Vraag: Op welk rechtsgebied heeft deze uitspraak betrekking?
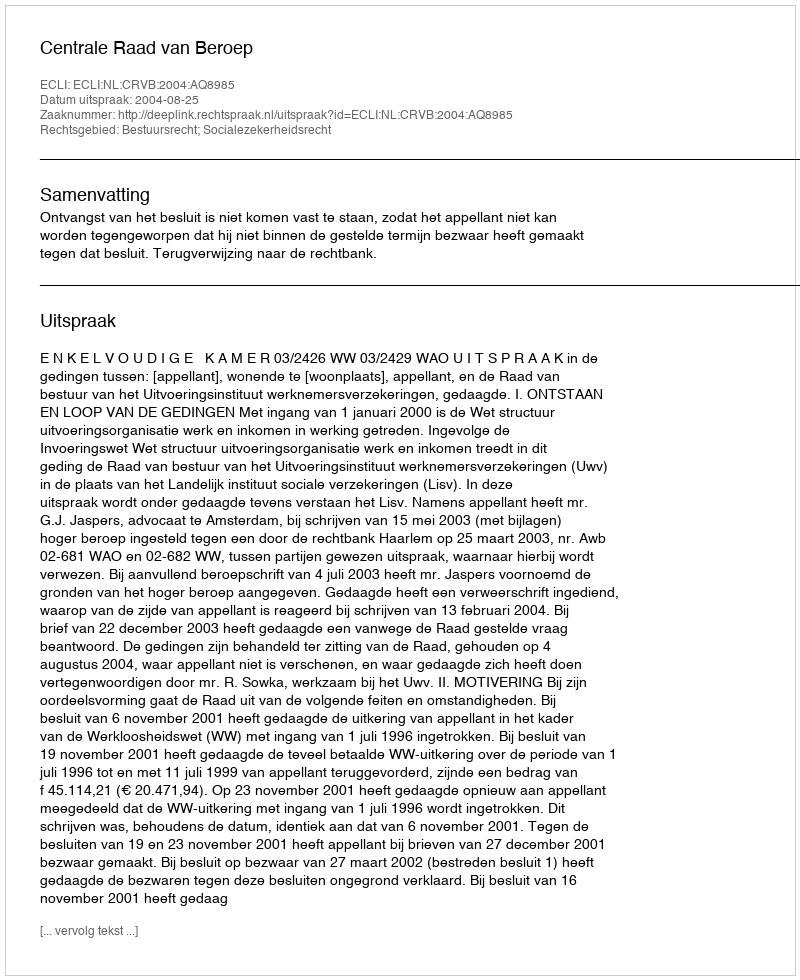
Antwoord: Bestuursrecht; Socialezekerheidsrecht